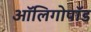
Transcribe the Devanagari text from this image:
ऑलिगोपॉड